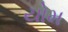
યોમ